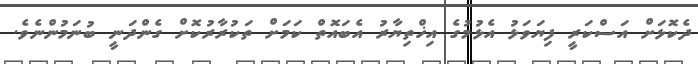
ދެކޮޅަށް އަސްކަރީ ފިޔަވަޅު އެޅުމުގެ އިޚްތިޔާރު އެބައޮތް ކަމަށް ތަކުރާރުކޮށް ގެންދަނީ ބުނަމުންނެވެ.